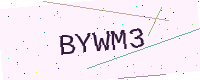
Text: BYWM3